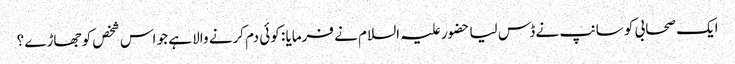
ایک صحابی کو سانپ نے ڈس لیا حضور علیہ السلام نے فرمایا : کوئی دم کرنے والا ہے جو اس شخص کو جھاڑے ؟